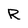
Character: R